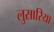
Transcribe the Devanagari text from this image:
लुसारिया